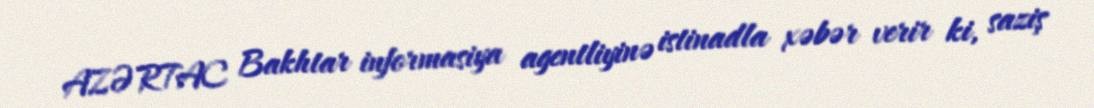
AZƏRTAC Bakhtar informasiya agentliyinə istinadla xəbər verir ki, saziş